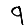
Digit: 9